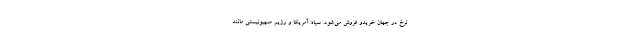
نرخ در جهان خریدو فروش می‌شود. سپاه: آمریکا و رژیم صهیونیستی مانند